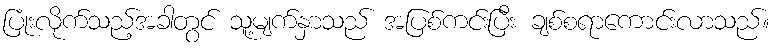
ပြုံးလိုက်သည့်အခါတွင် သူ့မျက်နှာသည် အပြစ်ကင်းပြီး ချစ်စရာကောင်းလာသည်။